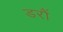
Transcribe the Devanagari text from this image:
डरौं